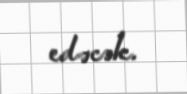
edəcək.